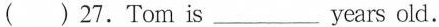
( ) 27.Tom is ___ years old.